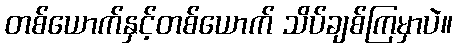
တစ်ယောက်နှင့်တစ်ယောက် သိပ်ချစ်ကြမှာပဲ။